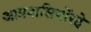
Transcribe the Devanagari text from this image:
आप्रवासियोंरहे